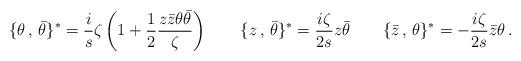
LaTeX: \begin{align*}\{\theta\,,\,\bar{\theta}\}^{\ast}= \frac{i}{s}\zeta\left(1+\frac{1}{2}\frac{z\bar{z}\theta\bar{\theta}}{\zeta}\right)\qquad\{z\,,\,\bar{\theta}\}^{\ast}=\frac{i\zeta}{2s}z\bar{\theta}\qquad\{\bar{z}\,,\,\theta\}^{\ast}=-\frac{i\zeta}{2s}\bar{z}\theta\,.\end{align*}